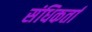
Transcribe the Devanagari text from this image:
संधिकर्ता